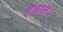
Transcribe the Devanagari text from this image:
हवाल।